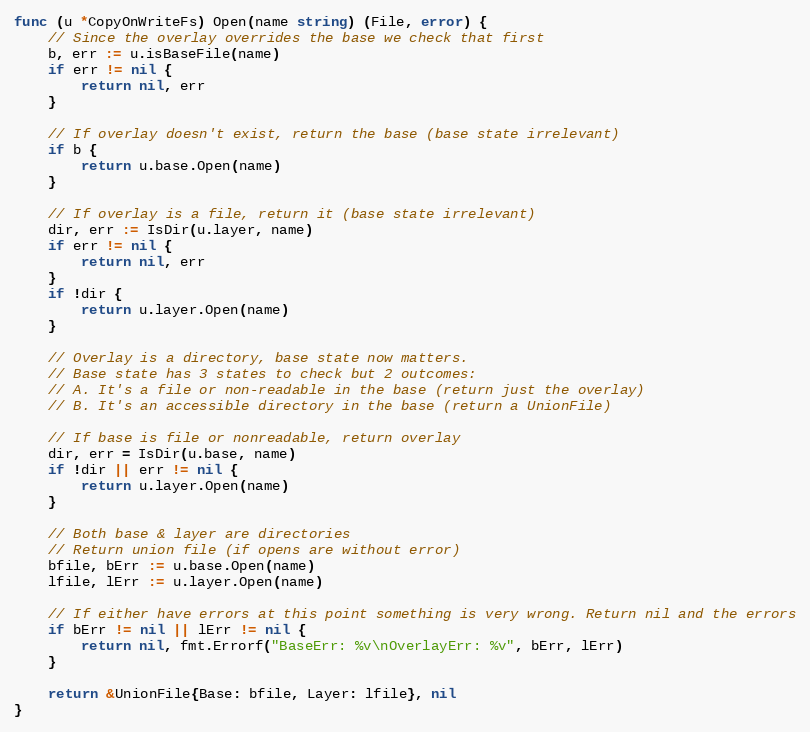
Language: Go
func (u *CopyOnWriteFs) Open(name string) (File, error) {
	// Since the overlay overrides the base we check that first
	b, err := u.isBaseFile(name)
	if err != nil {
		return nil, err
	}

	// If overlay doesn't exist, return the base (base state irrelevant)
	if b {
		return u.base.Open(name)
	}

	// If overlay is a file, return it (base state irrelevant)
	dir, err := IsDir(u.layer, name)
	if err != nil {
		return nil, err
	}
	if !dir {
		return u.layer.Open(name)
	}

	// Overlay is a directory, base state now matters.
	// Base state has 3 states to check but 2 outcomes:
	// A. It's a file or non-readable in the base (return just the overlay)
	// B. It's an accessible directory in the base (return a UnionFile)

	// If base is file or nonreadable, return overlay
	dir, err = IsDir(u.base, name)
	if !dir || err != nil {
		return u.layer.Open(name)
	}

	// Both base & layer are directories
	// Return union file (if opens are without error)
	bfile, bErr := u.base.Open(name)
	lfile, lErr := u.layer.Open(name)

	// If either have errors at this point something is very wrong. Return nil and the errors
	if bErr != nil || lErr != nil {
		return nil, fmt.Errorf("BaseErr: %v\nOverlayErr: %v", bErr, lErr)
	}

	return &UnionFile{Base: bfile, Layer: lfile}, nil
}